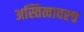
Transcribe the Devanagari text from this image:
अस्तित्वावरच